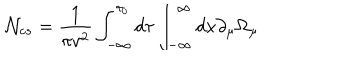
LaTeX: { \cal N } _ { c s } = \frac { 1 } { \pi v ^ { 2 } } \int _ { - \infty } ^ { \tau _ { 0 } } d \tau \int _ { - \infty } ^ { \infty } d x \partial _ { \mu } \Omega _ { \mu }